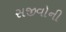
સજીવોની